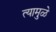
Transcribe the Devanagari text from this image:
त्यामु़ळे